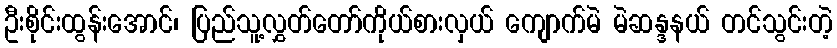
ဦးစိုင်းထွန်းအောင်၊ ပြည်သူ့လွှတ်တော်ကိုယ်စားလှယ် ကျောက်မဲ မဲဆန္ဒနယ် တင်သွင်းတဲ့